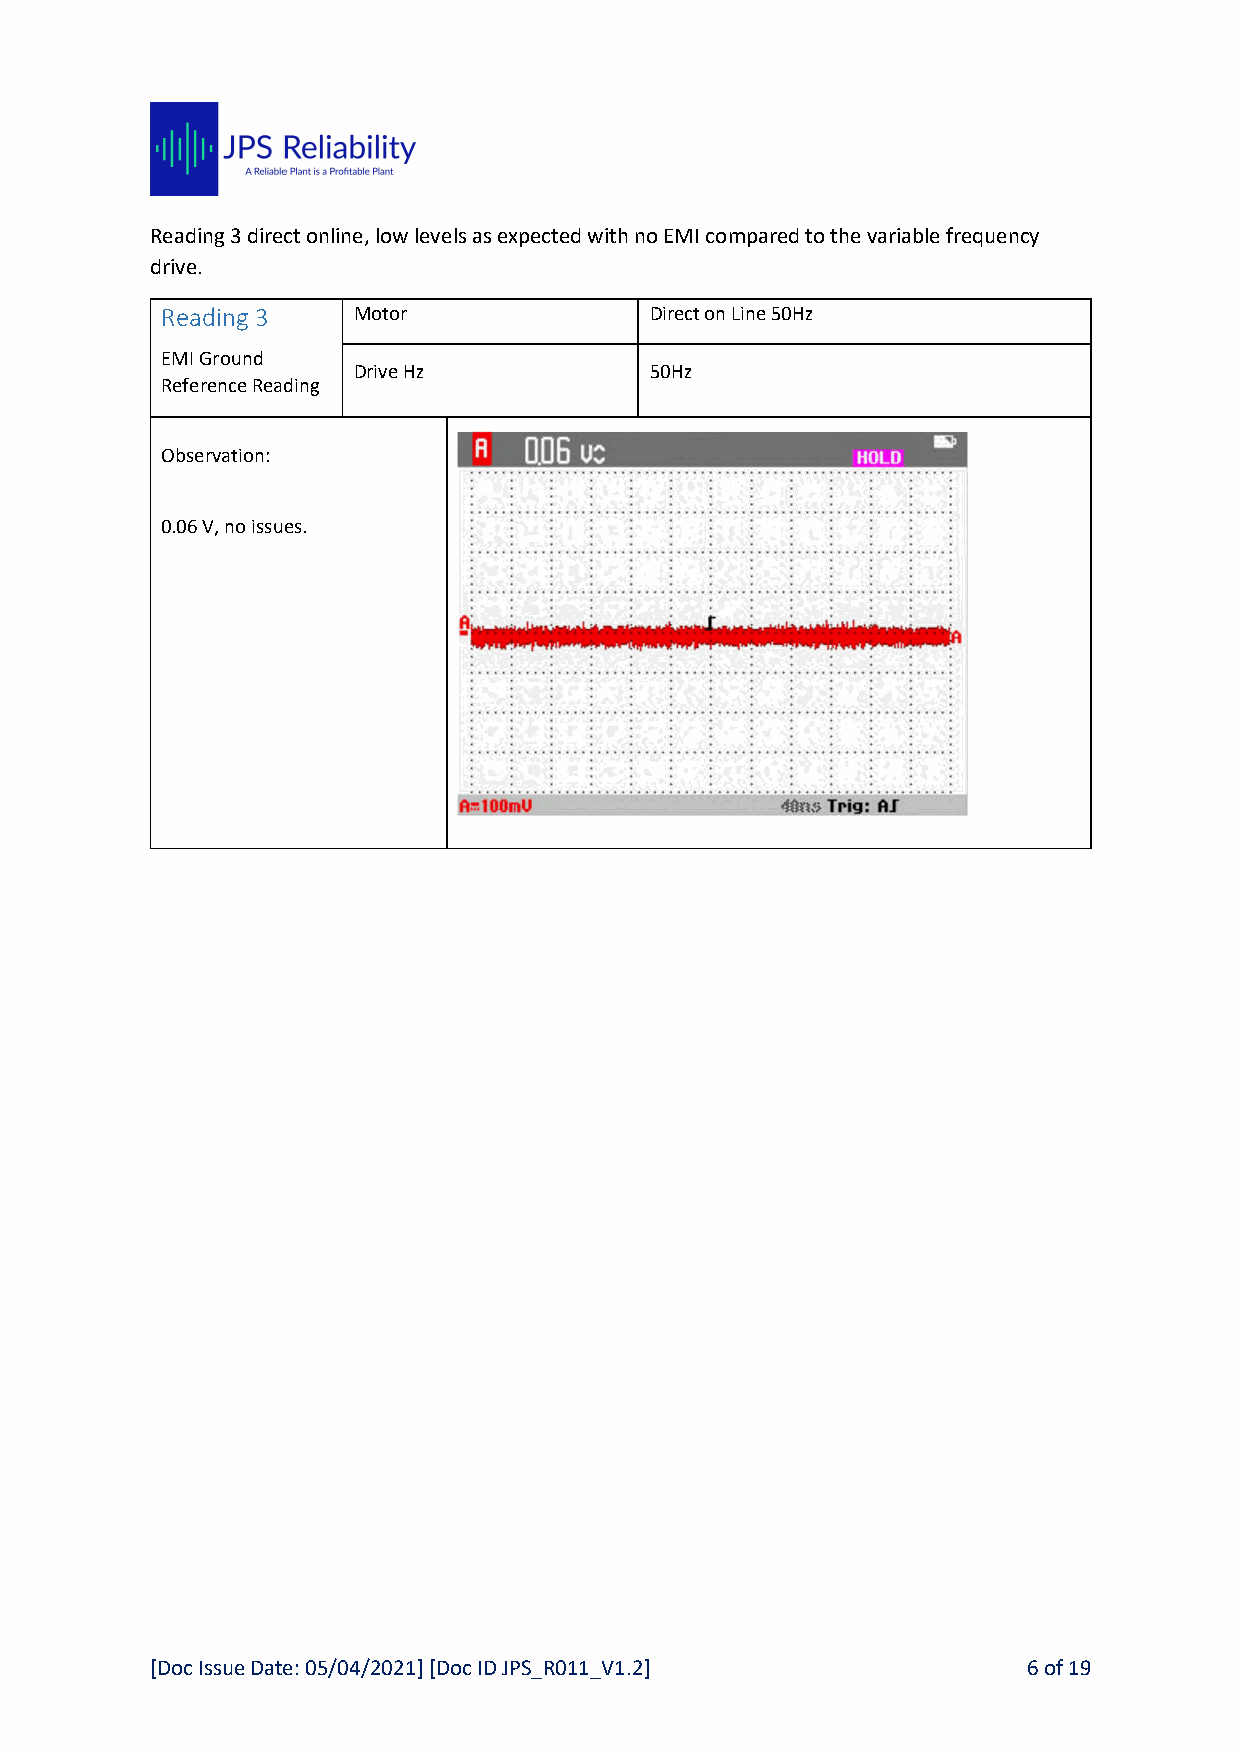
Reading 3 direct online, low levels as expected with no EMI compared to the variable frequency
 drive.
 Reading 3   Motor               Direct on Line 50Hz
 EMI Ground
 Drive Hz            50Hz
 Reference Reading
 Observation:
 0.06 V, no issues.
 [Doc Issue Date: 05/04/2021] [Doc ID JPS_R011_V1.2]       6 of 19